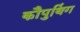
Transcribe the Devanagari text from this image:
कौपुथिंग